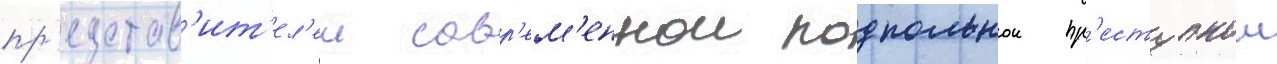
пр'едстав'ит'ел'еи совр'ем'еннои подпольнои пр'еступнои